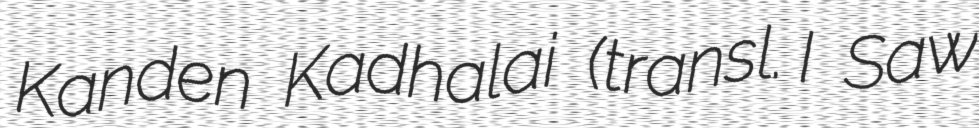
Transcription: Kanden Kadhalai (transl. I Saw